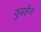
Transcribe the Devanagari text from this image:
वुडहेंज